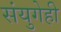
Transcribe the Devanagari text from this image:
संयुगेही